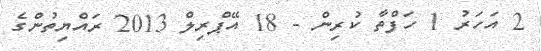
2 އަހަރު 1 ހަފްތާ ކުރިން - 18 އޭޕްރިލް 2013 ރައްޔިތުންގެ